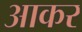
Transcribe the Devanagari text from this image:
अाकर